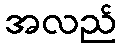
အလည်